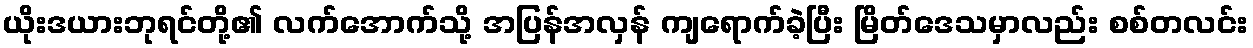
ယိုးဒယားဘုရင်တို့၏ လက်အောက်သို့ အပြန်အလှန် ကျရောက်ခဲ့ပြီး မြိတ်ဒေသမှာလည်း စစ်တလင်း